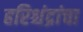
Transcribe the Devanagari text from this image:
हरिश्चंद्रांचा